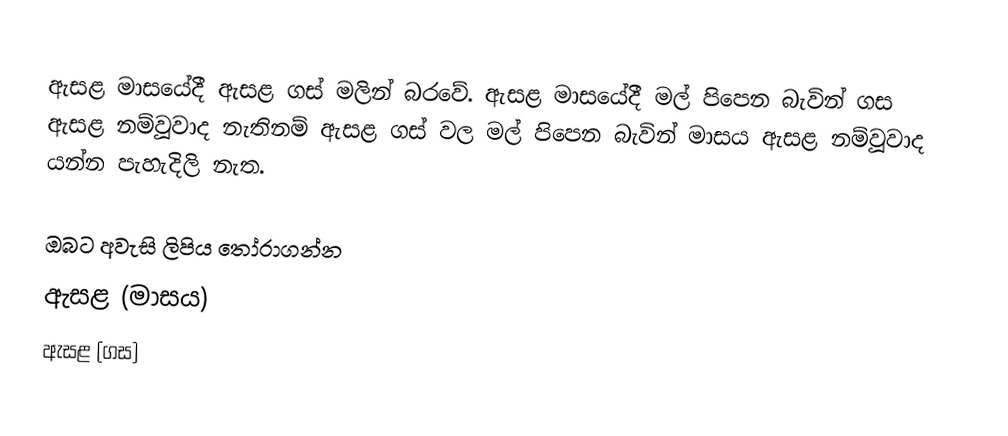
ඇසළ මාසයේදී ඇසළ ගස් මලින් බරවේ. ඇසළ මාසයේදී  මල් පිපෙන බැවින් ගස ඇසළ නම්වූවාද නැතිනම් ඇසළ ගස් වල මල් පිපෙන බැවින් මාසය ඇසළ නම්වූවාද යන්න පැහැදිලි නැත.

ඔබට අවැසි ලිපිය තෝරාගන්න
ඇසළ (මාසය)
ඇසළ (ගස)